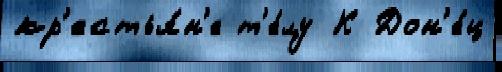
кр'естья́н'е т'е́лу К Дон'е́ц